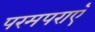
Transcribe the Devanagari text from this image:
परमपराएँ